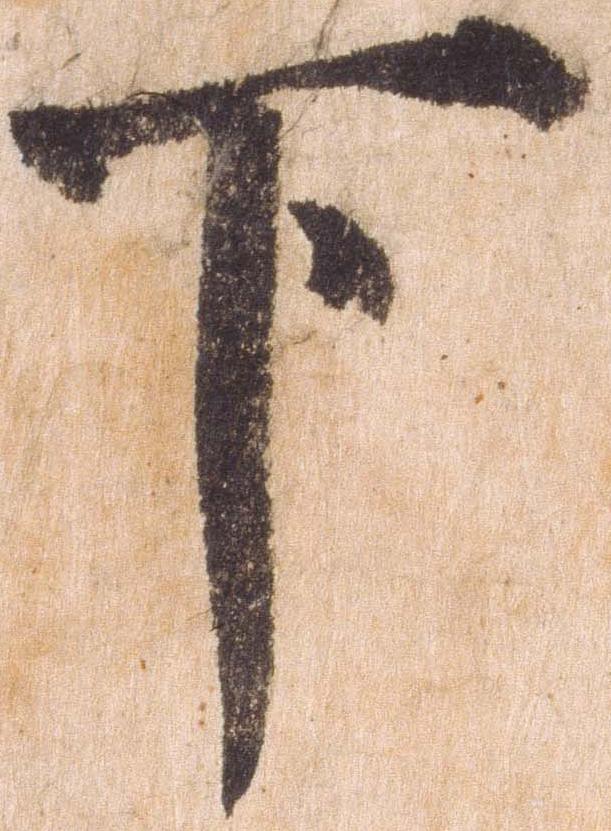
下